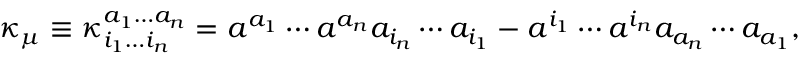
\kappa _ { \mu } \equiv \kappa _ { i _ { 1 } \ldots i _ { n } } ^ { a _ { 1 } \ldots a _ { n } } = a ^ { a _ { 1 } } \cdots a ^ { a _ { n } } a _ { i _ { n } } \cdots a _ { i _ { 1 } } - a ^ { i _ { 1 } } \cdots a ^ { i _ { n } } a _ { a _ { n } } \cdots a _ { a _ { 1 } } ,